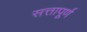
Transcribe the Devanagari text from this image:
सत्तापूर्ण